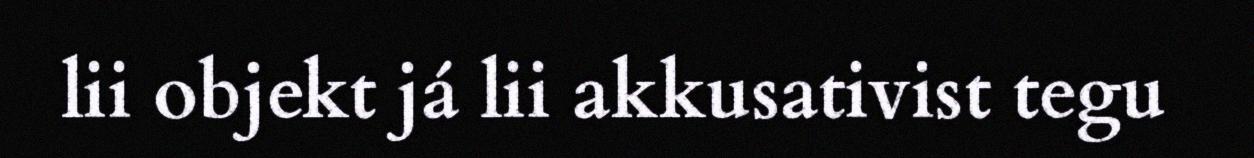
lii objekt já lii akkusativist tegu